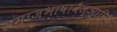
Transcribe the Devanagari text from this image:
समाजभाषावैज्ञानिक